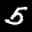
Label: 5